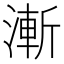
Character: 漸